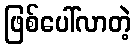
ဖြစ်ပေါ်လာတဲ့